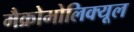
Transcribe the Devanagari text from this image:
मैक्रोमोलिक्यूल